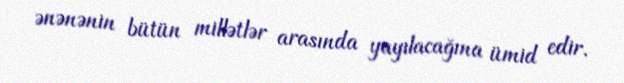
ənənənin bütün millətlər arasında yayılacağına ümid edir.